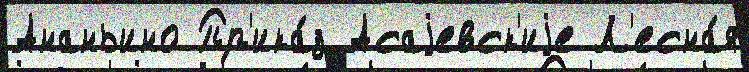
Ананьино Пр'ика́з Асаjевск'иjе Л'есна́я